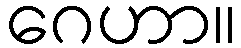
ဂေဟာ။